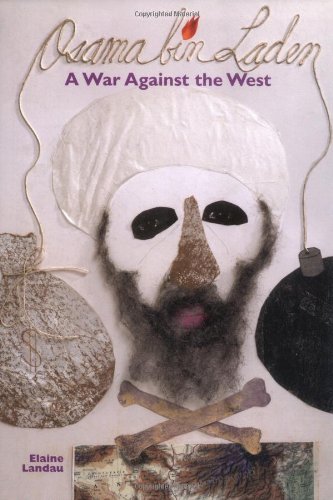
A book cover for Osama Bin Laden: A War With Th; Elaine Landau; Teen & Young Adult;